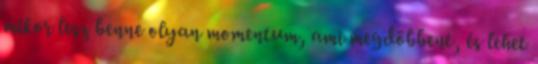
mikor lesz benne olyan momentum, ami megdöbbent, és lehet